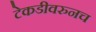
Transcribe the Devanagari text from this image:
टेकडीवरुनच